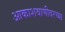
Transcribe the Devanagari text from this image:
आकाशवाणीवरच्‍या